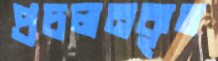
প্রচলনকৃত